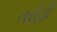
તરોડી